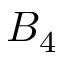
B _ { 4 }